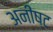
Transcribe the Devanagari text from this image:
अनीष्ट